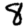
Digit: 8